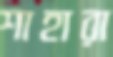
শাহারা